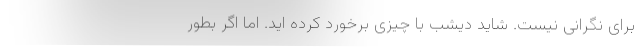
برای نگرانی نیست. شاید دیشب با چیزی برخورد کرده اید. اما اگر بطور